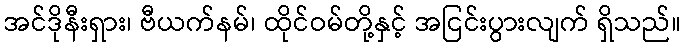
အင်ဒိုနီးရှား၊ ဗီယက်နမ်၊ ထိုင်ဝမ်တို့နှင့် အငြင်းပွားလျက် ရှိသည်။